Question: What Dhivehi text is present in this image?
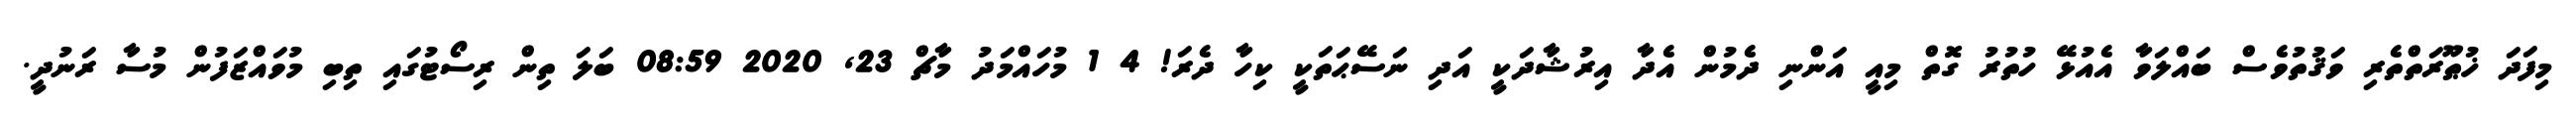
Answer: މިފަދަ ޚުޠޫރަތްތެރި ވަޤުތުވެސް ބައްލަވާ އެއުޅޭ ހުތުރު ގޮތް މިއީ އަންނި ދެމުން އެދާ އިރުޝާދަކީ އަދި ނަސޭޙަތަކީ ކިހާ ދެރަ! 4 1 މުހައްމަދު މާޗް 23, 2020 08:59 ބަލަ ތިން ރިސޯޓުގައި ތިބި މުވައްޒަފުން މުސާ ރަނުދީ.